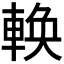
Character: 𬧸